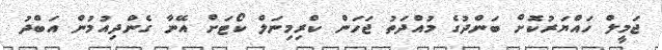
ޖަމީލް ހައްޔަރުކޮށް ބަންދުގެ މުއްދަތު ޖަހަން ކްރިމިނަލް ކޯޓަށް އޭނާ ގެންދިއުމުން އަބްދު